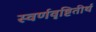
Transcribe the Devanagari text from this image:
स्वर्णवृष्टितीर्थ